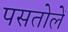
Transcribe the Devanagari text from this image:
पसतोलें